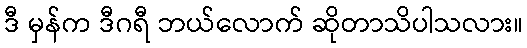
ဒီ မှန်က ဒီဂရီ ဘယ်လောက် ဆိုတာသိပါသလား။